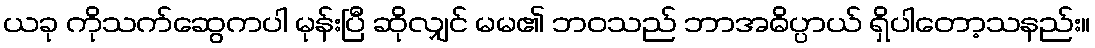
ယခု ကိုသက်ဆွေကပါ မုန်းပြီ ဆိုလျှင် မမ၏ ဘဝသည် ဘာအဓိပ္ပာယ် ရှိပါတော့သနည်း။